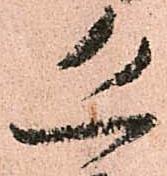
恐